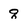
Character: q